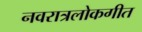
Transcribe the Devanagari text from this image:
नवरात्रलोकगीत